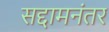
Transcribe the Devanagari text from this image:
सद्दामनंतर